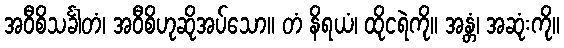
အဝီစိသင်္ခါတံ၊ အဝီစိဟုဆိုအပ်သော။ တံ နိရယံ၊ ထိုငရဲကို။ အန္တံ၊ အဆုံးကို။